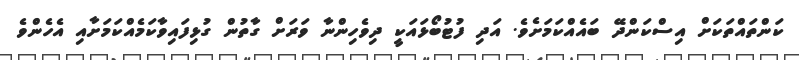
ކަންތައްތަކަށް އިސްކަންދޭ ބައެއްކަމަށެވެ. އަދި ފުުޓުބޯޅައަކީ ދިވެހިންނާ ވަރަށް ގާތުން ގުޅިފައިވާކަމެއްކަމަށާއި އެހެންވެ